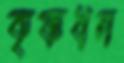
কৃষ্ণধন